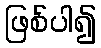
ဖြစ်ပါ၍